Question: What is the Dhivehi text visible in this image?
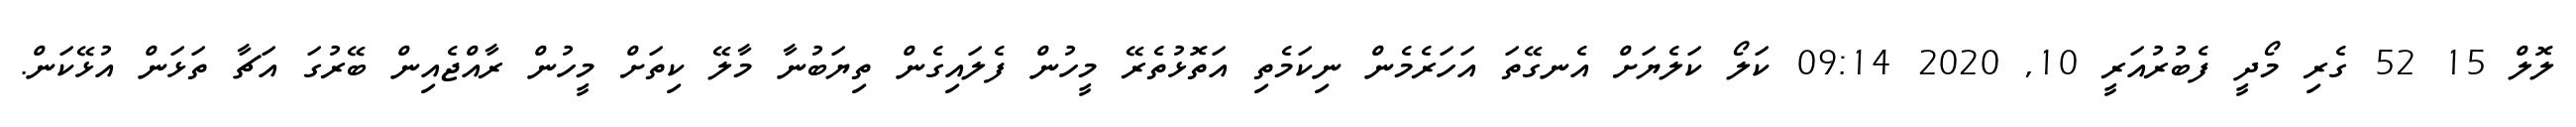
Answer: ލޮލް 15 52 ގެރި މޯދީ ފެބުރުއަރީ 10, 2020 09:14 ކަލޯ ކަލެޔަށް އެނގޭތަ އަހަރެމެން ނިކަމެތި އަތޮޅުތެރޭ މީހުން ފެލައިގެން ތިޔަބުނާ މާލޭ ކިތަށް މީހުން ރާއްޖެއިން ބޭރުގަ އަޗާ ތަޅަން އުޅޭކަން.